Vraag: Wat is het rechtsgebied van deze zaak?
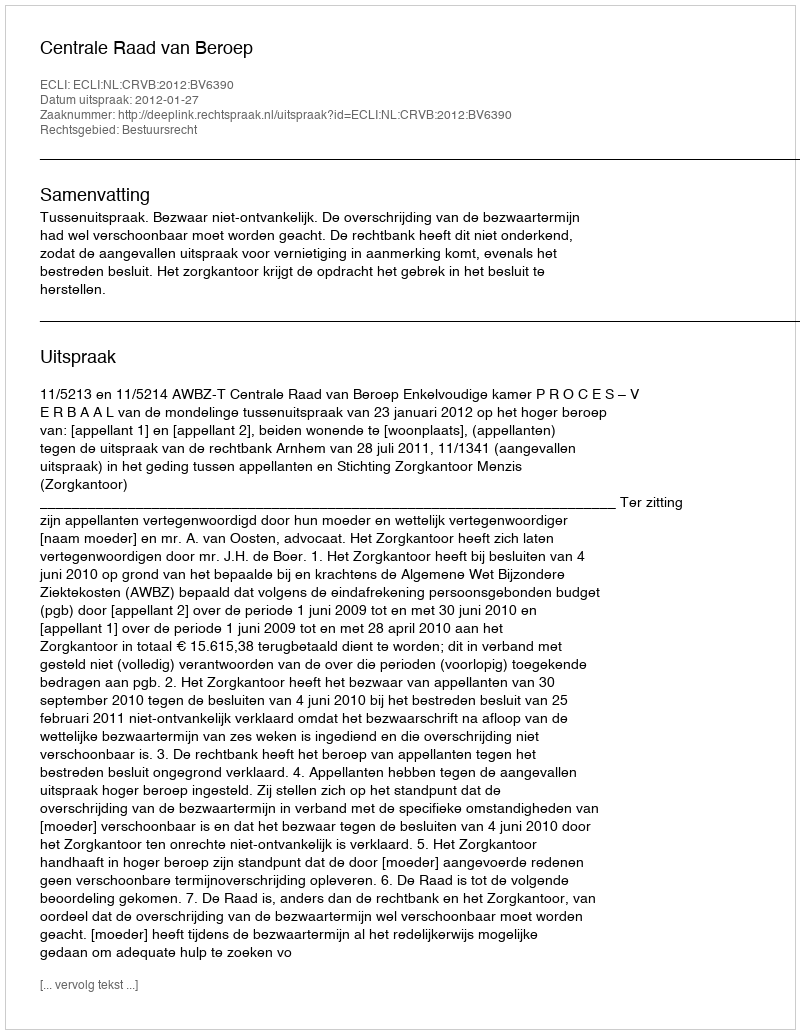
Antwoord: Bestuursrecht